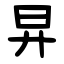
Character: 㫒